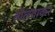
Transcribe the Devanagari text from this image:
तौलवाकर